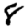
Digit: 8